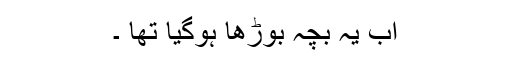
اب یہ بچہ بوڑھا ہوگیا تھا ۔